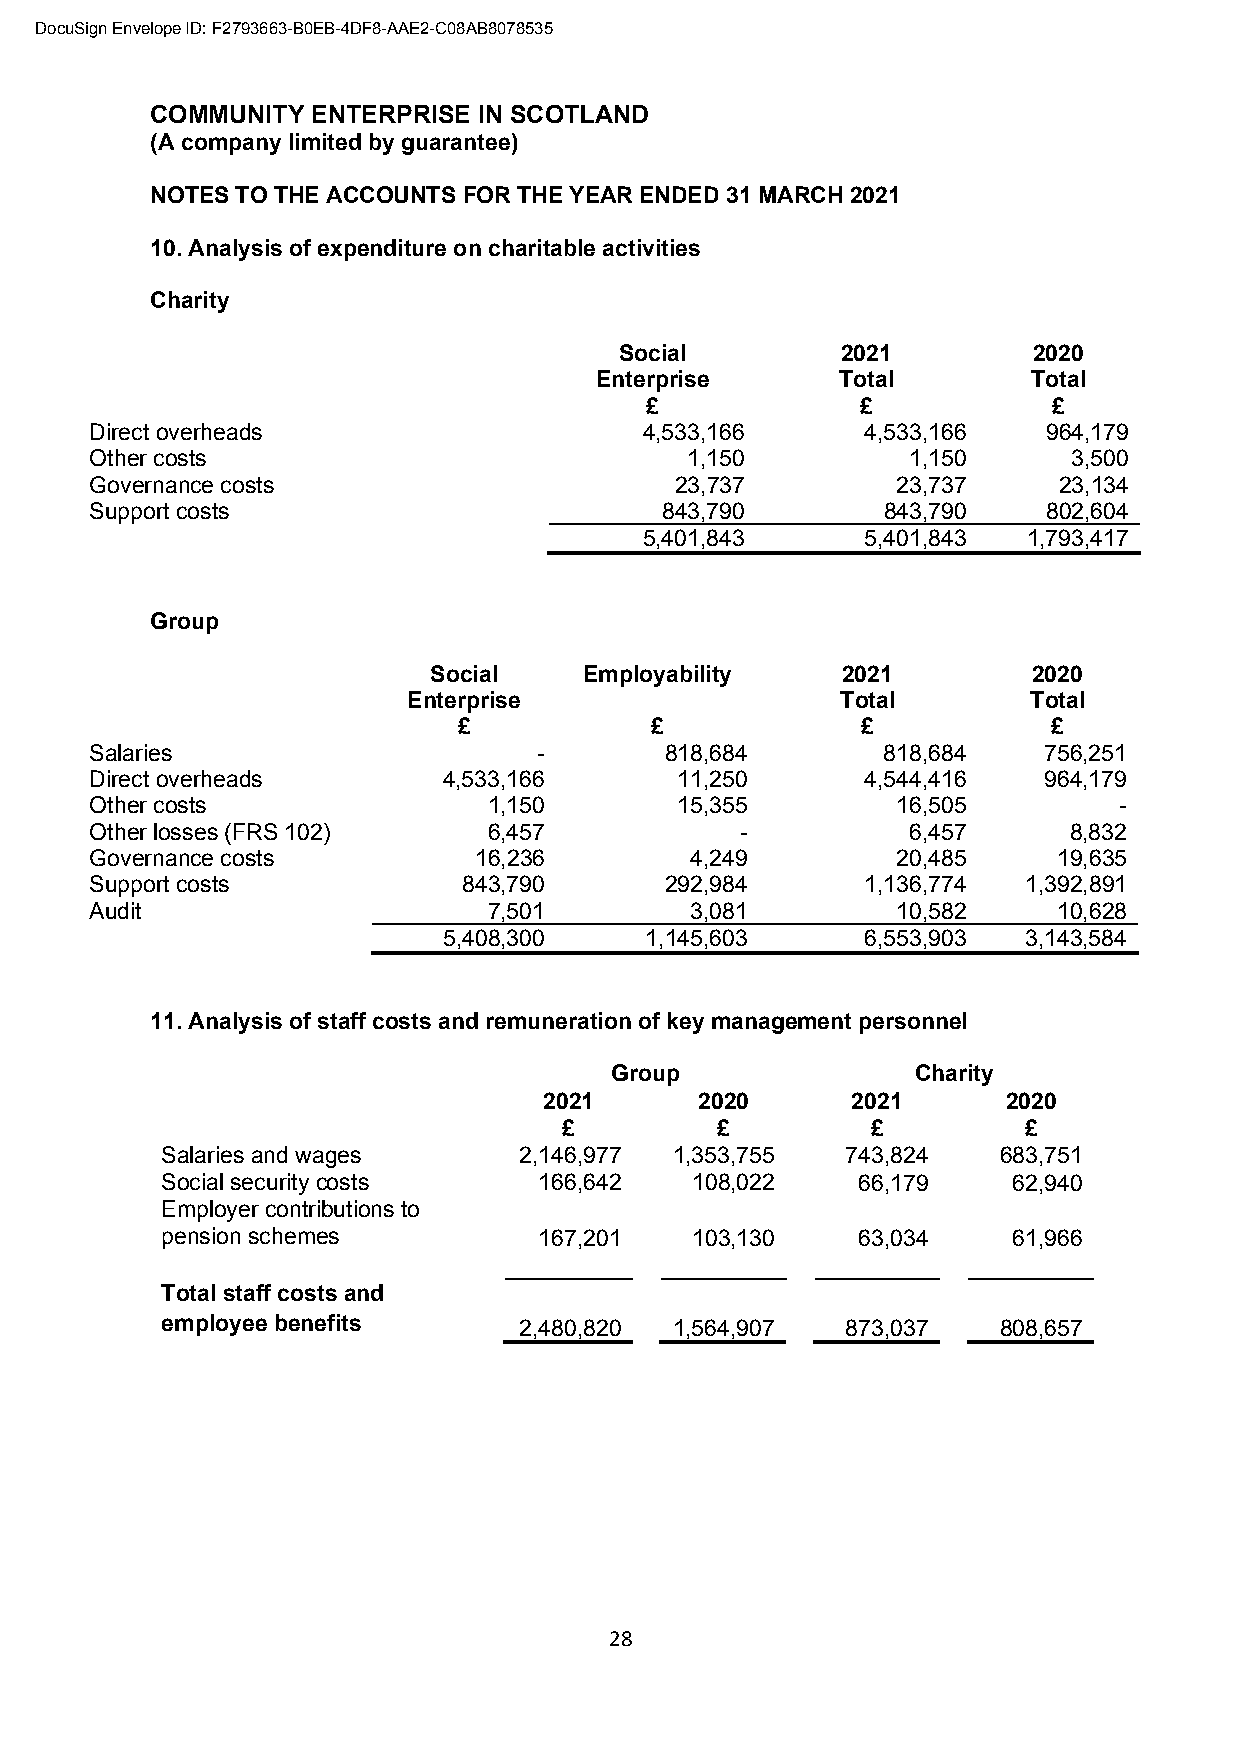
DocuSign Envelope ID: F2793663-B0EB-4DF8-AAE2-C08AB8078535
 COMMUNITY  ENTERPRISE IN SCOTLAND
 (A company limited by guarantee)
 NOTES TO THE ACCOUNTS FOR THE YEAR ENDED 31 MARCH 2021
 10. Analysis of expenditure on charitable activities
 Charity
 Social         2021        2020
 Enterprise       Total       Total
 £             £            £
 Direct overheads                     4,533,166     4,533,166   964,179
 Other costs                            1,150          1,150      3,500
 Governance costs                       23,737        23,737     23,134
 Support costs                         843,790       843,790    802,604
 5,401,843     5,401,843  1,793,417
 Group
 Social     Employability    2021        2020
 Enterprise                   Total       Total
 £            £             £            £
 Salaries                      -       818,684       818,684    756,251
 Direct overheads       4,533,166       11,250      4,544,416   964,179
 Other costs               1,150        15,355        16,505         -
 Other losses (FRS 102)    6,457            -          6,457      8,832
 Governance costs         16,236         4,249        20,485     19,635
 Support costs            843,790      292,984      1,136,774  1,392,891
 Audit                     7,501         3,081        10,582     10,628
 5,408,300     1,145,603     6,553,903  3,143,584
 11. Analysis of staff costs and remuneration of key management personnel
 Group                Charity
 2021      2020      2021       2020
 £         £          £         £
 Salaries and wages     2,146,977  1,353,755  743,824   683,751
 Social security costs    166,642   108,022    66,179    62,940
 Employer contributions to
 pension schemes          167,201   103,130    63,034    61,966
 Total staff costs and
 employee benefits      2,480,820  1,564,907  873,037   808,657
 28